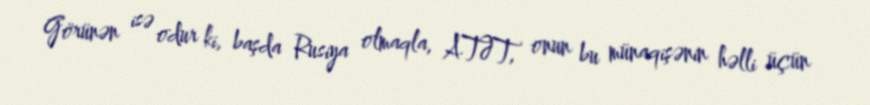
Görünən isə odur ki, başda Rusiya olmaqla, ATƏT, onun bu münaqişənin həlli üçün